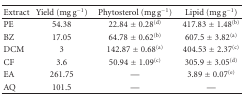
<table><thead><tr><td><b>Extract</b></td><td><b>Yield (mg g<sup>−1</sup>)</b></td><td><b>Phytosterol (mg g<sup>−1</sup>)</b></td><td><b>Lipid (mg g<sup>−1</sup>)</b></td></tr></thead><tbody><tr><td>PE</td><td>54.38</td><td>22.84 ± 0.28<sup>(d)</sup></td><td>417.83 ± 1.48<sup>(b)</sup></td></tr><tr><td>BZ</td><td>17.05</td><td>64.78 ± 0.62<sup>(b)</sup></td><td>607.5 ± 3.82<sup>(a)</sup></td></tr><tr><td>DCM</td><td>3</td><td>142.87 ± 0.68<sup>(a)</sup></td><td>404.53 ± 2.37<sup>(c)</sup></td></tr><tr><td>CF</td><td>3.6</td><td>50.94 ± 1.09<sup>(c)</sup></td><td>305.9 ± 3.05<sup>(d)</sup></td></tr><tr><td>EA</td><td>261.75</td><td>—</td><td>3.89 ± 0.07<sup>(e)</sup></td></tr><tr><td>AQ</td><td>101.5</td><td>—</td><td>—</td></tr></tbody></table>